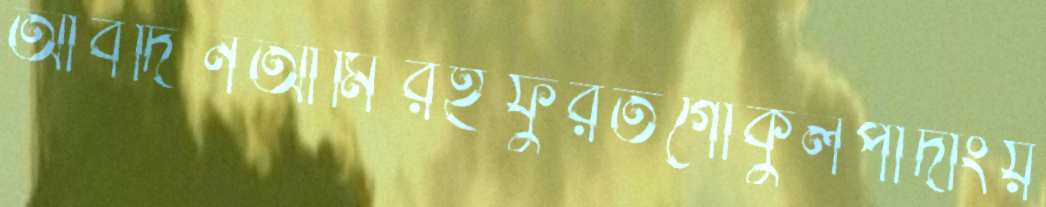
আবদিনআমিরইফুরতগোকুলপাদাংয়